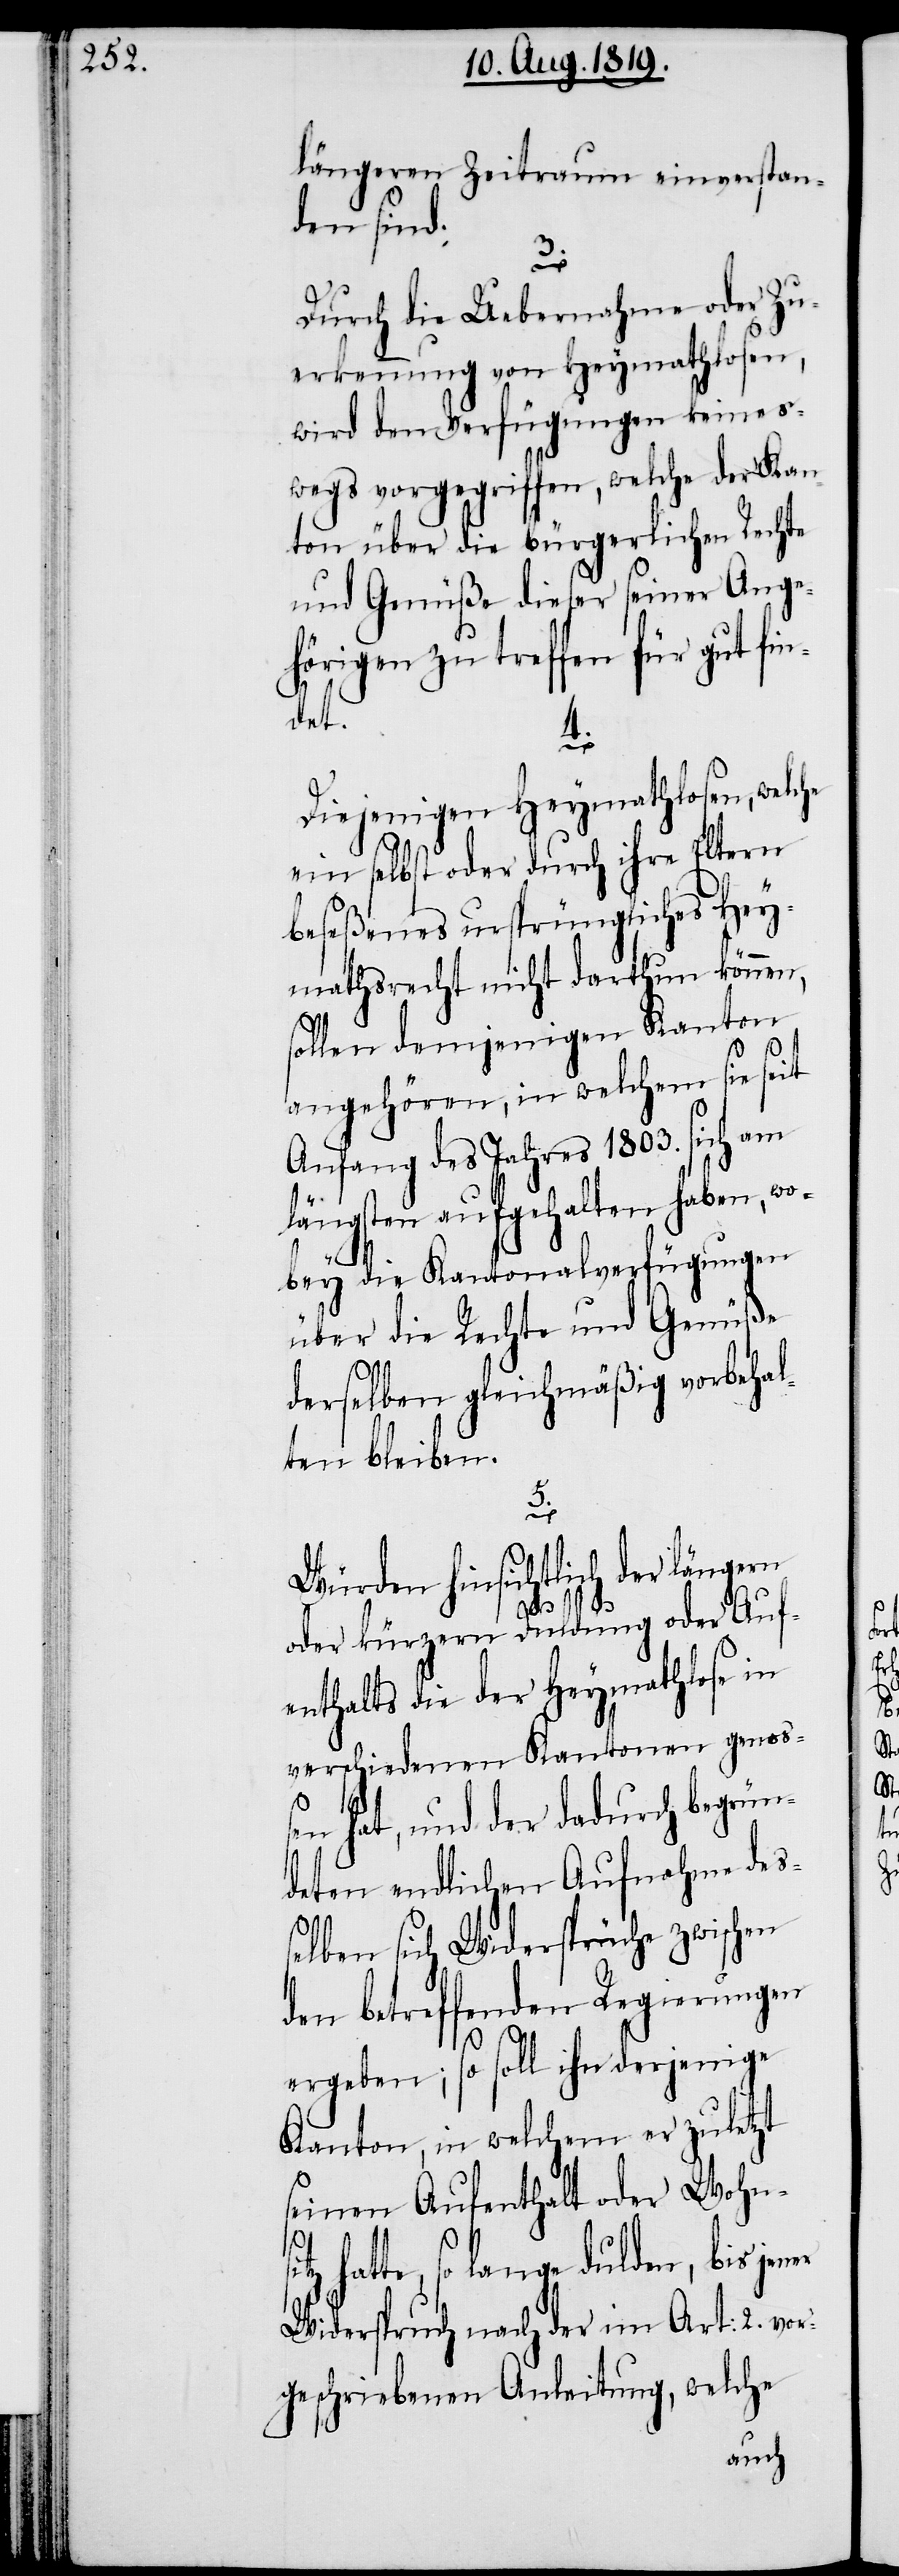
längeren Zeitraum einverstan¬
den sind.
3.
sitz
Durch die Uebernahme oder Zu¬
erkennung von Heymathlosen,
wird den Verfügungen keines¬
wegs vorgegriffen, welche der Kan¬
ton über die bürgerlichen Rechte
und Genüße dieser seiner Ange¬
hörigen zu treffen für gut fin¬
det.
4.
Diejenigen Heymathlosen, welche
ein selbst oder durch ihre Eltern
beseßenes ursprüngliches Hey¬
mathsrecht nicht darthun können,
sollen demjenigen Kanton
angehören, in welchem sie seit
Anfang des Jahres 1803. sich am
längsten aufgehalten haben, wo¬
bey die Kantonalverfügungen
über die Rechte und Genüße
derselben gleichmäßig vorbehal¬
ten bleiben.
5.
Würden hinsichtlich der längern
oder kürzern Duldung oder Auf¬
enthalts die der Heymathlose in
sen hat, und der dadurch begrün¬
deten endlichen Aufnahme des¬
selben sich Widersprüche zwischen
den betreffenden Regierungen
ergeben; so soll ihn derjenige
Kanton, in welchem er zuletzt
seinen Aufenthalt oder Wohn¬
hatte, so lange dulden, bis jener
Widerspruch nach der im Art.: 2. vor¬
geschriebenen Anleitung, welche